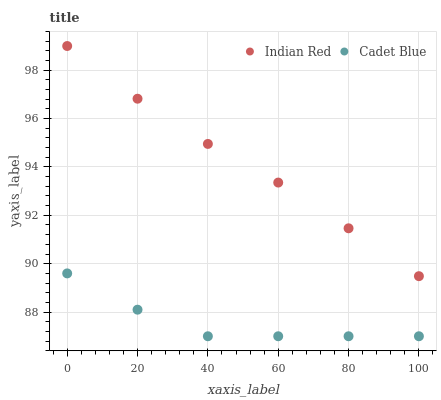
| xaxis_label | Indian Red | Cadet Blue |
 | --- | --- | --- |
 | 0 | 99 | 89.6 |
 | 20 | 96.8 | 88.1 |
 | 40 | 95 | 87 |
 | 60 | 93.4 | 87 |
 | 80 | 91.5 | 87 |
 | 100 | 89.5 | 87 |